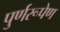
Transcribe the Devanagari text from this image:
पुर्णरूपेण